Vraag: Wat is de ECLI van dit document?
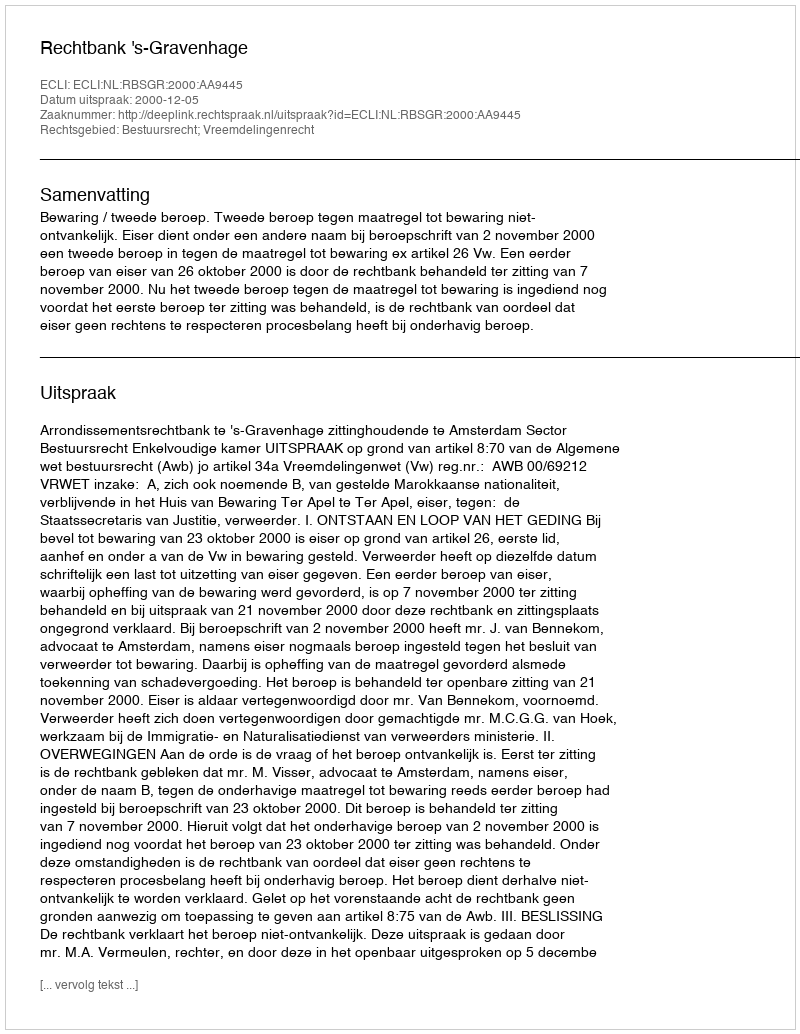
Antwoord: ECLI:NL:RBSGR:2000:AA9445